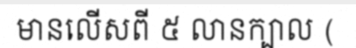
មានលើសពី ៥ លានក្បាល (